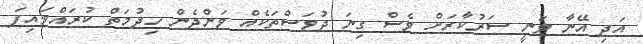
އަދި އޭނާ ވަނީ ސަރުކާރަށް ވެސް ގިނަ ދުވަސްތަކެއް ވަންދެން ހިދުމަތް ކުރައްވައިފަ